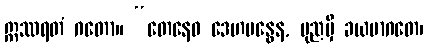
ဣဿရတံ ဂတော။ “တေနေဝ ဒေဟဗန္ဓေန, ပုညမှိ ခယမာဂတေ၊